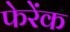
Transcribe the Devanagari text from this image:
फेरेंक